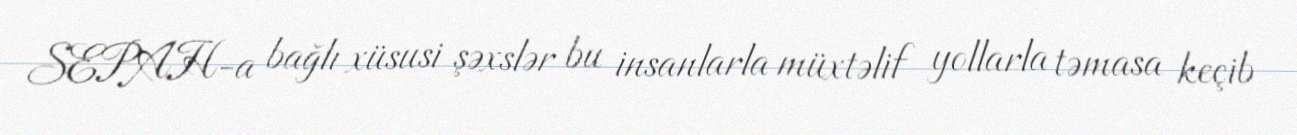
SEPAH-a bağlı xüsusi şəxslər bu insanlarla müxtəlif yollarla təmasa keçib